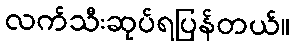
လက်သီးဆုပ်ရပြန်တယ်။